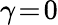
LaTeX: \gamma\! =\! 0